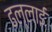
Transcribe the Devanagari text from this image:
ढल्लाई